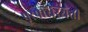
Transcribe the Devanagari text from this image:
पूरपरिस्थिती